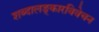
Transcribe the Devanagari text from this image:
शब्दालङ्कारविवेचन